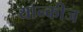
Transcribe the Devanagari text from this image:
यान्कीज